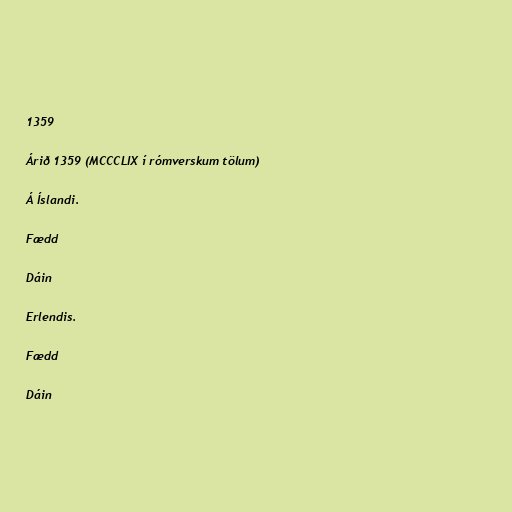
1359

Árið 1359 (MCCCLIX í rómverskum tölum)

Á Íslandi.

Fædd

Dáin

Erlendis.

Fædd

Dáin